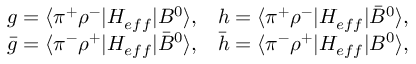
\begin{array} { l l } { { g = \langle \pi ^ { + } \rho ^ { - } | H _ { e f f } | B ^ { 0 } \rangle , } } & { { h = \langle \pi ^ { + } \rho ^ { - } | H _ { e f f } | \bar { B } ^ { 0 } \rangle , } } \\ { { \bar { g } = \langle \pi ^ { - } \rho ^ { + } | H _ { e f f } | \bar { B } ^ { 0 } \rangle , } } & { { \bar { h } = \langle \pi ^ { - } \rho ^ { + } | H _ { e f f } | B ^ { 0 } \rangle , } } \end{array}